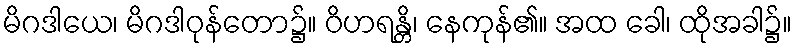
မိဂဒါယေ၊ မိဂဒါဝုန်တော၌။ ဝိဟရန္တိ၊ နေကုန်၏။ အထ ခေါ၊ ထိုအခါ၌။